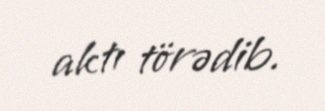
aktı törədib.